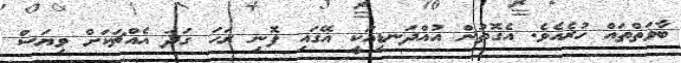
ބާވަތްތައް ހުރެއެވެ. އެގޮތުން އުއްދަނޑިއަކީ އޭގައި ފޮނި ރަހަ ގަދަ އެއްޗަކަށް ވިޔަސް